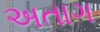
અતાગ